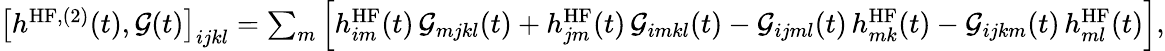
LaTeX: \begin{array}{r}{\left[h^{\mathrm{HF},(2)}(t),\mathcal{G}(t)\right]_{ijkl}=\sum_{m}\left[h_{im}^{\mathrm{HF}}(t)\, \mathcal{G}_{mjkl}(t)+h_{jm}^{\mathrm{HF}}(t)\, \mathcal{G}_{imkl}(t)-\mathcal{G}_{ijml}(t)\, h_{mk}^{\mathrm{HF}}(t)-\mathcal{G}_{ijkm}(t)\, h_{ml}^{\mathrm{HF}}(t)\right],}\end{array}